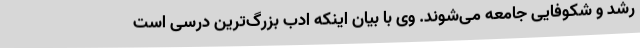
رشد و شکوفایی جامعه می‌شوند. وی با بیان اینکه ادب بزرگ‌ترین درسی است